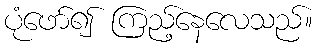
ပုံဖော်၍ ကြည့်နေလေသည်။